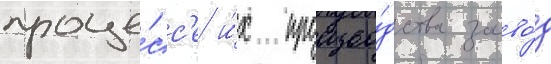
проце́сс'е и́х произво́дства заво́д